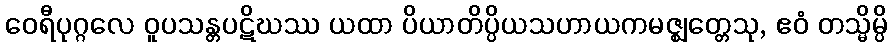
ဝေရီပုဂ္ဂလေ ဝူပသန္တပဋိဃဿ ယထာ ပိယာတိပ္ပိယသဟာယကမဇ္ဈတ္တေသု, ဧဝံ တသ္မိမ္ပိ